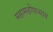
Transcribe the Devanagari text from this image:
महामहोपध्याय